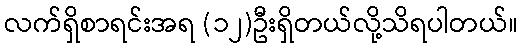
လက်ရှိစာရင်းအရ (၁၂)ဦးရှိတယ်လို့သိရပါတယ်။